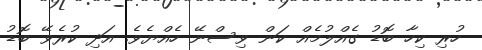
ހުރި ކިހާ ބޮޑު ގެއްލުމެއް ކަން ވިސްނޭ ހެއްޔެވެ. އަދި ކުރެވޭ ބޮޑު